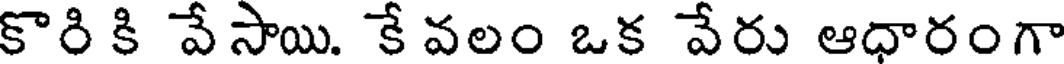
కొరి కి వే సాయి. కే వలం ఒక వేరు ఆధారంగా